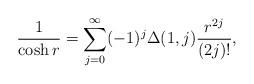
LaTeX: \begin{align*}\frac{1}{\cosh r} = \sum_{j=0}^{\infty}(-1)^j \Delta (1,j) \frac{r^{2j}}{(2j)!}, \end{align*}